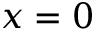
x = 0